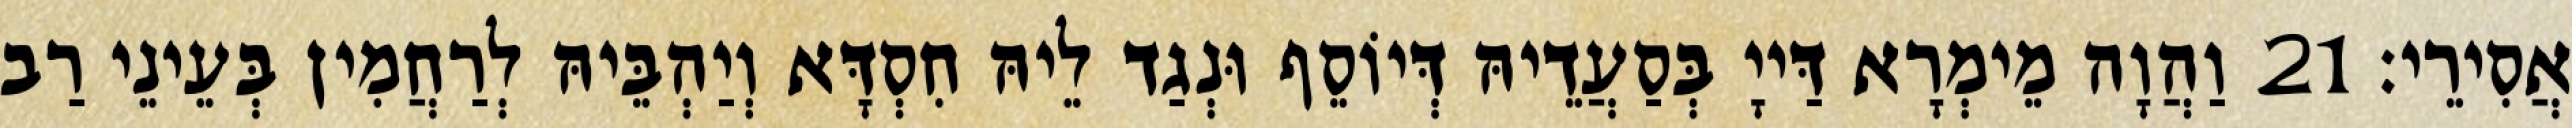
אֲסִירֵי׃ 21 וַהֲוָה מֵימְרָא דַּייָ בְּסַעֲדֵיהּ דְּיוֹסֵף וּנְגַד לֵיהּ חִסְדָּא וְיַהְבֵּיהּ לְרַחֲמִין בְּעֵינֵי רַב